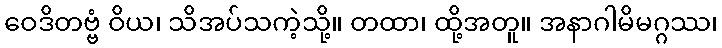
ဝေဒိတဗ္ဗံ ဝိယ၊ သိအပ်သကဲ့သို့။ တထာ၊ ထို့အတူ။ အနာဂါမိမဂ္ဂဿ၊